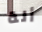
ألة